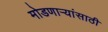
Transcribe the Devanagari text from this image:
मोडणाऱ्यांसाठी